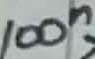
Text: 100n